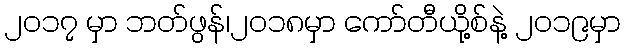
၂၀၁၇ မှာ ဘတ်ဖွန်၊၂၀၁၈မှာ ကော်တီယို့စ်နဲ့ ၂၀၁၉မှာ